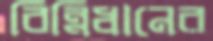
বিন্নিধানের